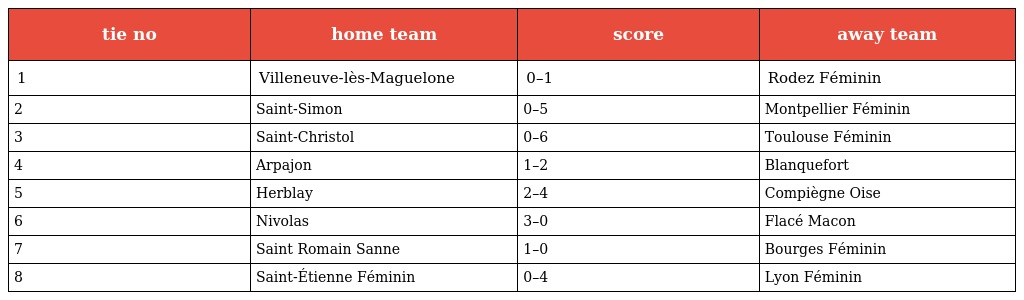
| tie no | home team | score | away team |
 | --- | --- | --- | --- |
 | 1 | Villeneuve-lès-Maguelone | 0–1 | Rodez Féminin |
 | 2 | Saint-Simon | 0–5 | Montpellier Féminin |
 | 3 | Saint-Christol | 0–6 | Toulouse Féminin |
 | 4 | Arpajon | 1–2 | Blanquefort |
 | 5 | Herblay | 2–4 | Compiègne Oise |
 | 6 | Nivolas | 3–0 | Flacé Macon |
 | 7 | Saint Romain Sanne | 1–0 | Bourges Féminin |
 | 8 | Saint-Étienne Féminin | 0–4 | Lyon Féminin |